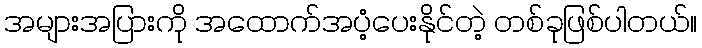
အများအပြားကို အထောက်အပံ့ပေးနိုင်တဲ့ တစ်ခုဖြစ်ပါတယ်။